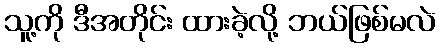
သူ့ကို ဒီအတိုင်း ထားခဲ့လို့ ဘယ်ဖြစ်မလဲ